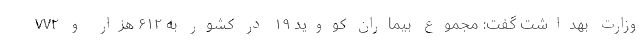
وزارت بهداشت گفت: مجموع بیماران کووید ۱۹ در کشور به ۶۱۲ هزار و ۷۷۲